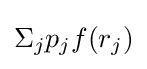
\Sigma _{j}p_{j}f(r_{j})